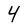
Character: 4